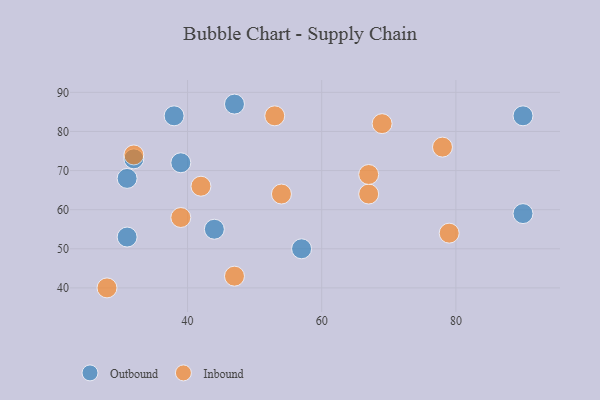
{"axis": {"x": "GDP", "y": "Life Expectancy"}, "legend": ["Inbound", "Outbound"], "data": [{"x": "90", "y": 59, "type": "Outbound"}, {"x": "31", "y": 53, "type": "Outbound"}, {"x": "39", "y": 72, "type": "Outbound"}, {"x": "38", "y": 84, "type": "Outbound"}, {"x": "47", "y": 87, "type": "Outbound"}, {"x": "31", "y": 68, "type": "Outbound"}, {"x": "57", "y": 50, "type": "Outbound"}, {"x": "90", "y": 84, "type": "Outbound"}, {"x": "32", "y": 73, "type": "Outbound"}, {"x": "44", "y": 55, "type": "Outbound"}, {"x": "54", "y": 64, "type": "Inbound"}, {"x": "28", "y": 40, "type": "Inbound"}, {"x": "39", "y": 58, "type": "Inbound"}, {"x": "67", "y": 64, "type": "Inbound"}, {"x": "78", "y": 76, "type": "Inbound"}, {"x": "53", "y": 84, "type": "Inbound"}, {"x": "79", "y": 54, "type": "Inbound"}, {"x": "47", "y": 43, "type": "Inbound"}, {"x": "32", "y": 74, "type": "Inbound"}, {"x": "69", "y": 82, "type": "Inbound"}, {"x": "67", "y": 69, "type": "Inbound"}, {"x": "42", "y": 66, "type": "Inbound"}]}